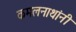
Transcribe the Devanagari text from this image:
कमलनाथांनी